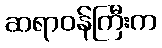
ဆရာဝန်ကြီးက